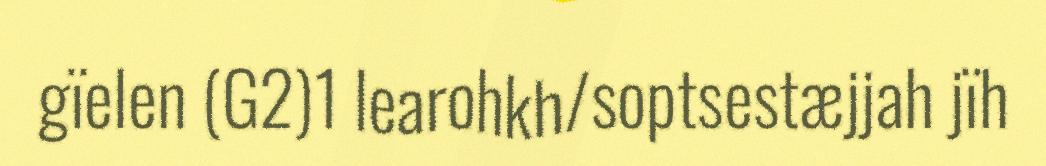
gïelen (G2)1 learohkh/soptsestæjjah jïh